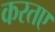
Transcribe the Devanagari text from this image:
करतए